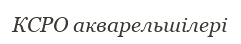
КСРО акварельшілері